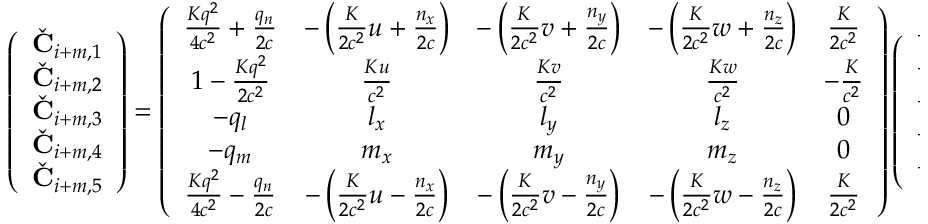
\left( \begin{array} { c } { \check { \mathbf { C } } _ { i + m , 1 } } \\ { \check { \mathbf { C } } _ { i + m , 2 } } \\ { \check { \mathbf { C } } _ { i + m , 3 } } \\ { \check { \mathbf { C } } _ { i + m , 4 } } \\ { \check { \mathbf { C } } _ { i + m , 5 } } \end{array} \right) = \left( \begin{array} { c c c c c } { \frac { K q ^ { 2 } } { 4 c ^ { 2 } } + \frac { q _ { n } } { 2 c } } & { - \left( \frac { K } { 2 c ^ { 2 } } u + \frac { n _ { x } } { 2 c } \right) } & { - \left( \frac { K } { 2 c ^ { 2 } } v + \frac { n _ { y } } { 2 c } \right) } & { - \left( \frac { K } { 2 c ^ { 2 } } w + \frac { n _ { z } } { 2 c } \right) } & { \frac { K } { 2 c ^ { 2 } } } \\ { 1 - \frac { K q ^ { 2 } } { 2 c ^ { 2 } } } & { \frac { K u } { c ^ { 2 } } } & { \frac { K v } { c ^ { 2 } } } & { \frac { K w } { c ^ { 2 } } } & { - \frac { K } { c ^ { 2 } } } \\ { - q _ { l } } & { l _ { x } } & { l _ { y } } & { l _ { z } } & { 0 } \\ { - q _ { m } } & { m _ { x } } & { m _ { y } } & { m _ { z } } & { 0 } \\ { \frac { K q ^ { 2 } } { 4 c ^ { 2 } } - \frac { q _ { n } } { 2 c } } & { - \left( \frac { K } { 2 c ^ { 2 } } u - \frac { n _ { x } } { 2 c } \right) } & { - \left( \frac { K } { 2 c ^ { 2 } } v - \frac { n _ { y } } { 2 c } \right) } & { - \left( \frac { K } { 2 c ^ { 2 } } w - \frac { n _ { z } } { 2 c } \right) } & { \frac { K } { 2 c ^ { 2 } } } \end{array} \right) \left( \begin{array} { c } { \check { \mathbf { U } } _ { i + m , 1 } } \\ { \check { \mathbf { U } } _ { i + m , 2 } } \\ { \check { \mathbf { U } } _ { i + m , 3 } } \\ { \check { \mathbf { U } } _ { i + m , 4 } } \\ { \check { \mathbf { U } } _ { i + m , 5 } } \end{array} \right)